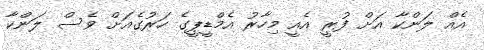
އެއް ލަންކާ އަށް ފުރީ އެއީ މިހާރު އެމްޑީޕީގެ ހަރުގެއަށް ވެސް ލަންކާ